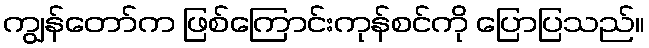
ကျွန်တော်က ဖြစ်ကြောင်းကုန်စင်ကို ပြောပြသည်။